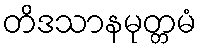
တိဒသာနမုတ္တမံ